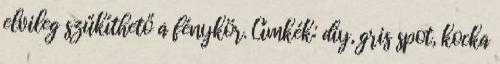
elvileg szűkíthető a fénykör. Címkék: diy, gris spot, kocka